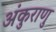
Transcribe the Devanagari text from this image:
अंकुराणु